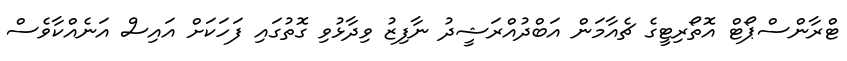
ޓްރާންސްޕޯޓް އޮތޯރިޓީގެ ޗެއާމަން އަބްދުއްރަޝީދު ނާފިޒު ވިދާޅުވި ގޮތުގައި ފަހަކަށް އައިސް އަނެއްކާވެސް